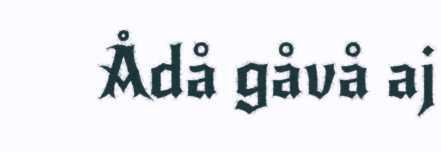
Ådå gåvå aj